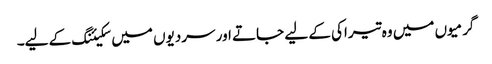
گرمیوں میں وہ تیراکی کے لیے جاتے اور سردیوں میں سکیئنگ کے لیے۔